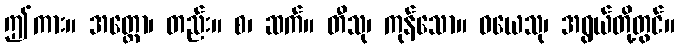
ဤကား။ အတ္ထော၊ တည်း။ စ၊ ဆက်။ တီသု၊ ကုန်သော။ ဝယေသု၊ အရွယ်တို့တွင်။